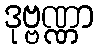
ဒုဗ္ဗဏ္ဏာ